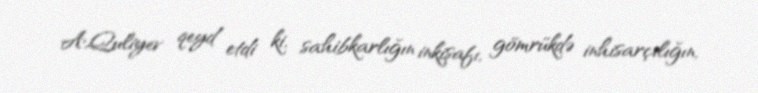
A.Quliyev qeyd etdi ki, sahibkarlığın inkişafı, gömrükdə inhisarçılığın,